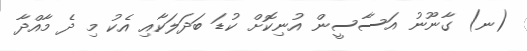
(ނ) ގާނޫނު އަސާސީން އުނިކޮށް ކުޑަ ބަދަލަކާއި އެކު މި ދެ މާއްދާ